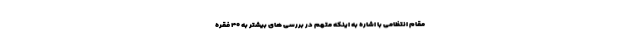
مقام انتظامی با اشاره به اینکه متهم در بررسی های بیشتر به ۴۰ فقره